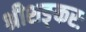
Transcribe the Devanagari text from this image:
श्रीशङ्करः